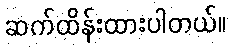
ဆက်ထိန်းထားပါတယ်။